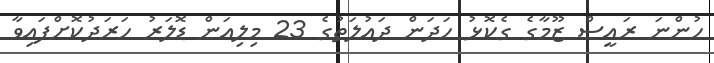
ހުންނަ ރައީސް ޒޫމާގެ ގެކޮޅު ހަދަން ދައުލަތުގެ 23 މިލިއަން ޑޮލަރު ހަރަދުކޮށްފައިވާ